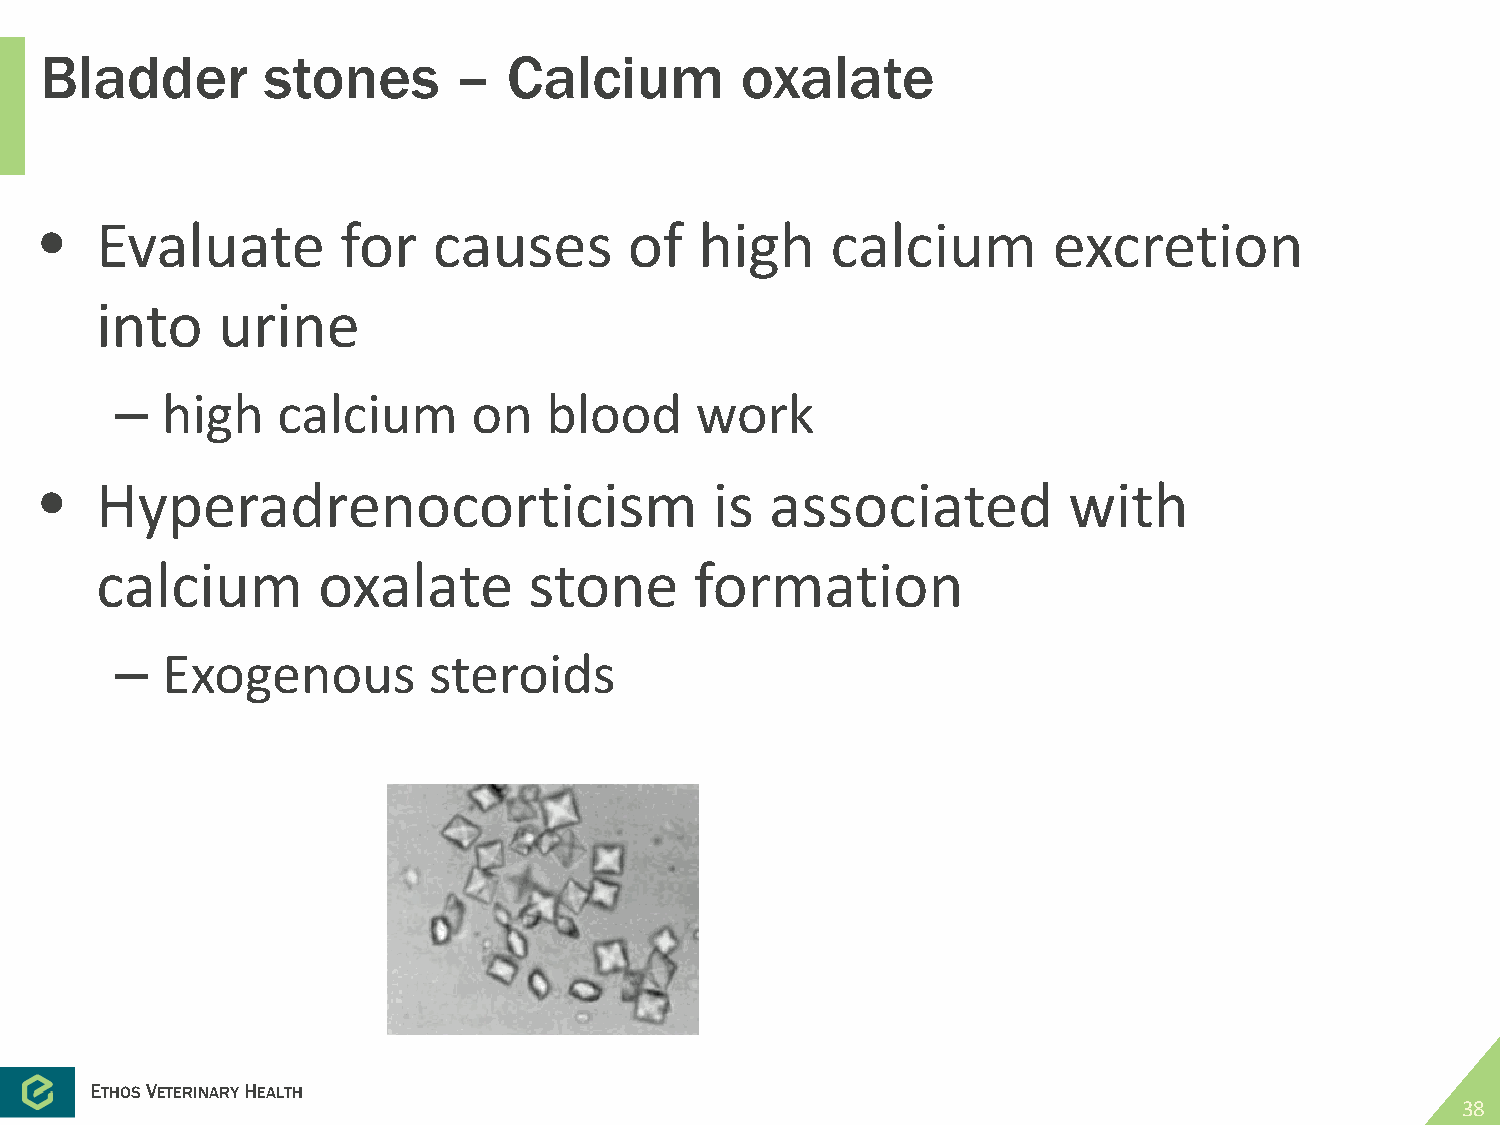
Bladder       stones       –   Calcium        oxalate
 •  Evaluate         for   causes       of  high     calcium        excretion
 into    urine
 –  high   calcium      on   blood     work
 •  Hyperadrenocorticism                     is  associated          with
 calcium        oxalate       stone      formation
 –  Exogenous        steroids
 ETHOSVETERINARYHEALTH
 38